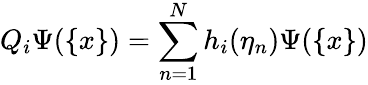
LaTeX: Q_{i}\Psi(\{ x\} )=\sum_{n=1}^{N}h_{i}(\eta_{n})\Psi(\{ x\} )